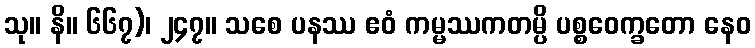
သု။ နိ။ ၆၆၇)၊ ၂၄၇။ သစေ ပနဿ ဧဝံ ကမ္မဿကတမ္ပိ ပစ္စဝေက္ခတော နေဝ